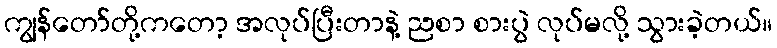
ကျွန်တော်တို့ကတော့ အလုပ်ပြီးတာနဲ့ ညစာ စားပွဲ လုပ်မလို့ သွားခဲ့တယ်။